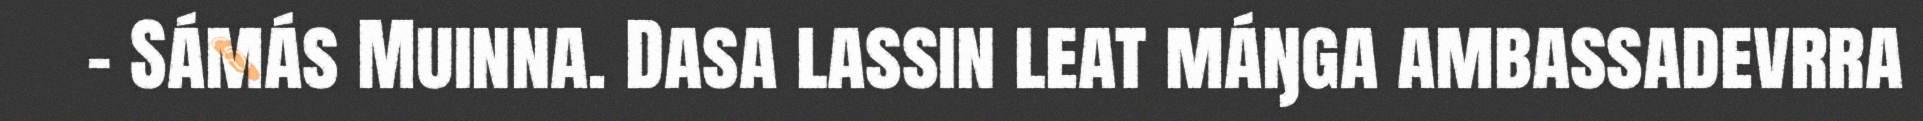
– Sámás Muinna. Dasa lassin leat máŋga ambassadevrra